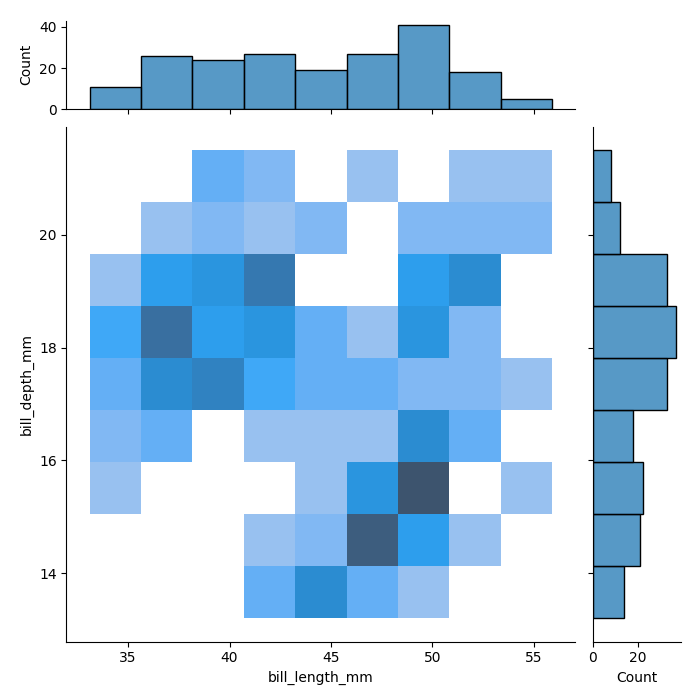
python, seaborn, jointplot, kind='hist', height='7', ratio='5', marginal_ticks='True'